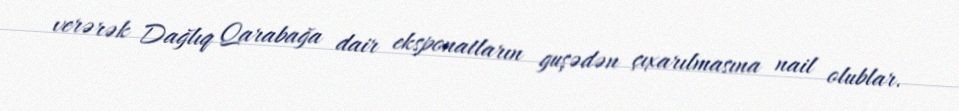
verərək Dağlıq Qarabağa dair eksponatların guşədən çıxarılmasına nail olublar.